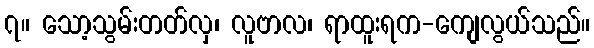
၇။ သော့သွမ်းတတ်လှ၊ လူဗာလ၊ ရာထူးရက-ကျေလွယ်သည်။